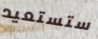
ستستعيد